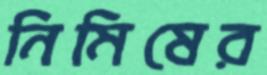
নিমিষের